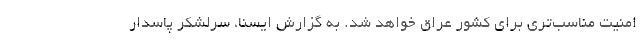
امنیت مناسب‌تری برای کشور عراق خواهد شد. به گزارش ایسنا، سرلشکر پاسدار